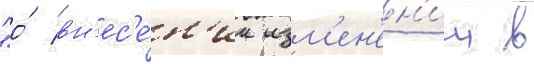
"о́ вн'ес'е́н'ии изм'ен'ен'ии в